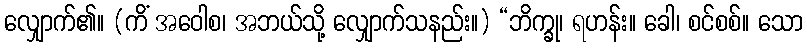
လျှောက်၏။ (ကိံ အဝေါစ၊ အဘယ်သို့ လျှောက်သနည်း။) “ဘိက္ခု၊ ရဟန်း။ ခေါ၊ စင်စစ်။ သော